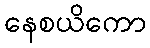
နေစယိကော